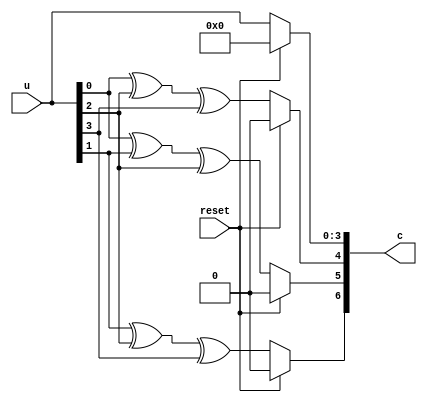
`timescale 1ns / 1ps
//////////////////////////////////////////////////////////////////////////////////
// Company: 
// Engineer: 
// 
// Design Name: 
// Module Name:    linearcode 
// Project Name: 
// Target Devices: 
// Tool versions: 
// Description: 
//
// Dependencies: 
//
// Revision: 
// Revision 0.01 - File Created
// Additional Comments: 
//
//////////////////////////////////////////////////////////////////////////////////
module linearcode(reset, u, c);
input reset;
input [3:0] u;
output [6:0] c;

assign c[3:0] = reset ? 4'b000 : u[3:0];
assign c[4] = reset ? 0 :(u[0] ^ u[2] ^ u[3]);
assign c[5] = reset ? 0 :(u[0] ^ u[1] ^ u[2]);
assign c[6] = reset ? 0 :(u[1] ^ u[2] ^ u[3]); 

endmodule